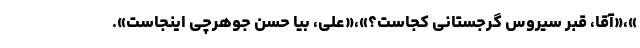
»،«آقا، قبر سیروس گرجستانی کجاست؟»،«علی، بیا حسن جوهرچی اینجاست».